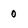
Character: 0